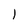
Character: 1